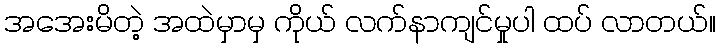
အအေးမိတဲ့ အထဲမှာမှ ကိုယ် လက်နာကျင်မှုပါ ထပ် လာတယ်။